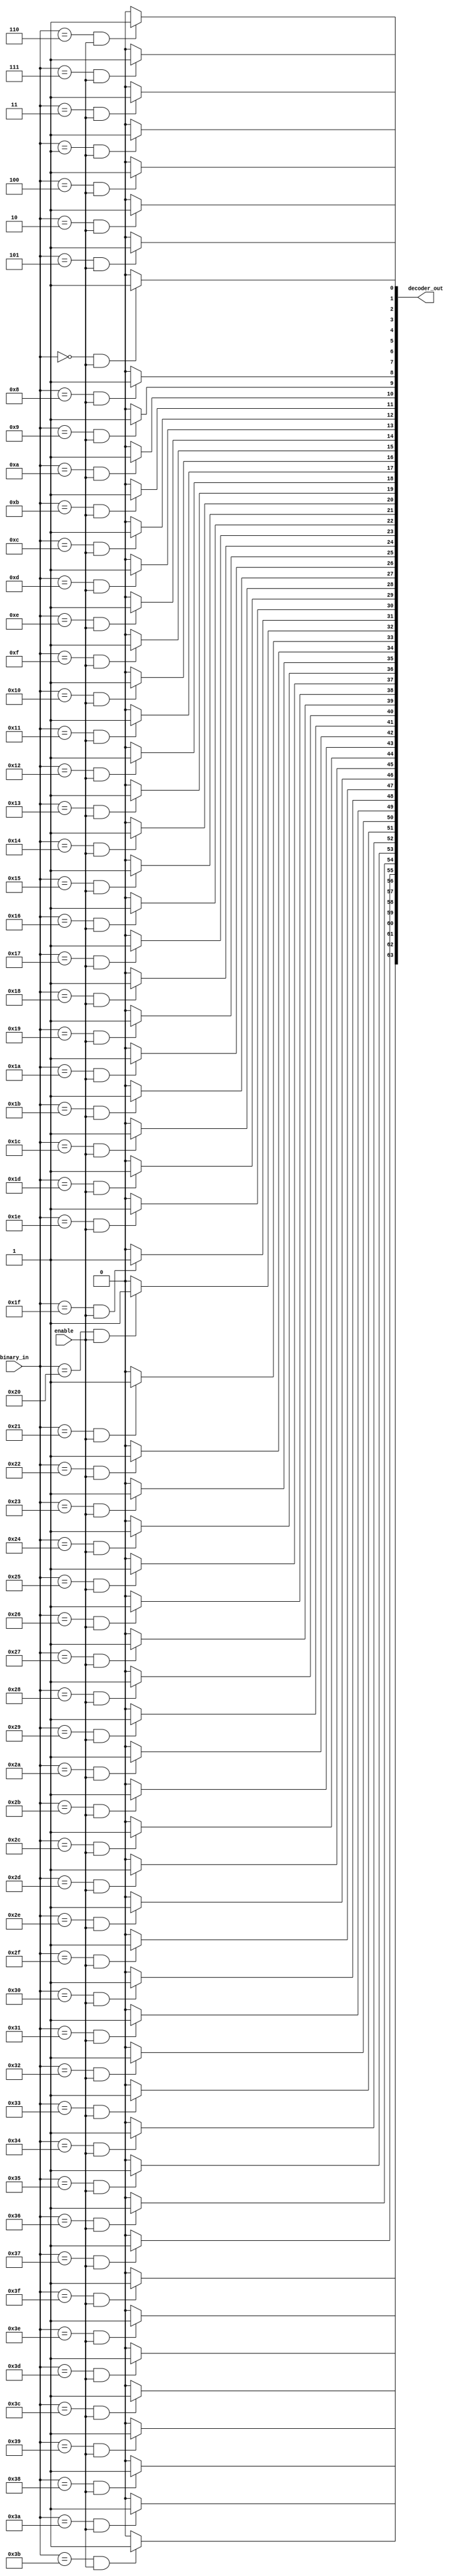
module DECODER_ED (
 binary_in, decoder_out, enable
);

   parameter IN_SIZE = 6; 
	parameter OUT_SIZE = 1<<IN_SIZE;
	
	input  wire [IN_SIZE-1:0] binary_in;
	output wire [OUT_SIZE-1:0] decoder_out;
	input enable;
	
	genvar i;
	generate
		for(i=0; i<OUT_SIZE; i=i+1) begin : gen
		assign decoder_out[i] = binary_in==i & enable ? 1'b1: 1'b0;
		end
	endgenerate
endmodule